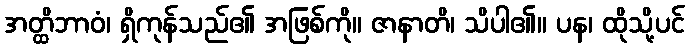
အတ္ထိဘာဝံ၊ ရှိကုန်သည်၏ အဖြစ်ကို။ ဇာနာတိ၊ သိပါ၏။ ပန၊ ထိုသို့ပင်